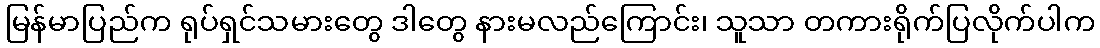
မြန်မာပြည်က ရုပ်ရှင်သမားတွေ ဒါတွေ နားမလည်ကြောင်း၊ သူသာ တကားရိုက်ပြလိုက်ပါက